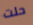
حلت